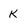
Character: K